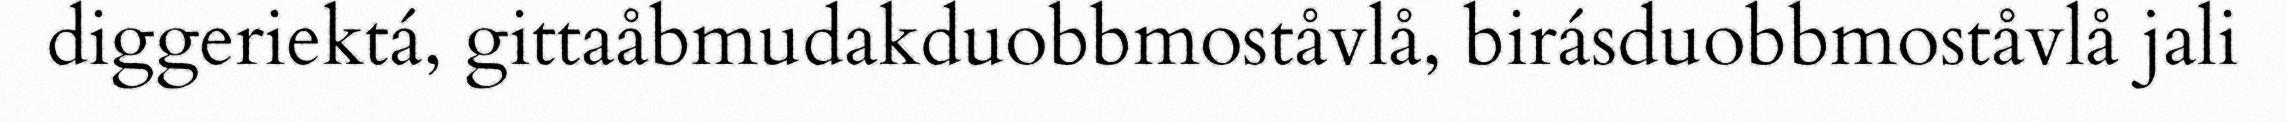
diggeriektá, gittaåbmudakduobbmoståvlå, birásduobbmoståvlå jali